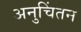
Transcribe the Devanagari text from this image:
अनुचिंतन